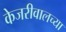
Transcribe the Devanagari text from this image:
केजरीवालच्या